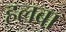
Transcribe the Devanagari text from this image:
हलबा